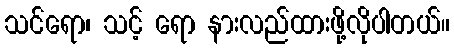
သင်ရော၊ သင့် ရော နားလည်ထားဖို့လိုပါတယ်။